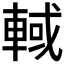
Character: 𰹓